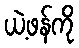
ယဲ့ဖန်ကို